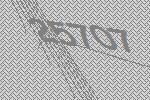
25707